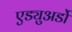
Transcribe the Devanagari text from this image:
एड्युअर्डो